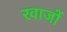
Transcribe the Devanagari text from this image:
रवाजों